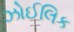
ઝોઈલિક